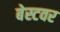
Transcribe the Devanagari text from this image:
बेस्टवर